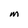
Character: M